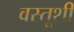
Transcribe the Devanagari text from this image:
वस्तूशी